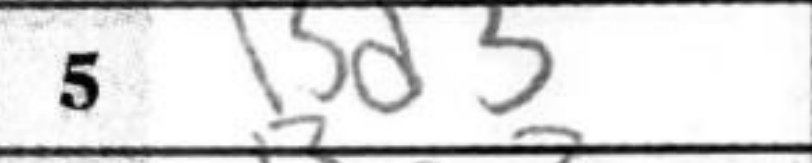
Transcription: Bd3